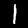
Label: 1